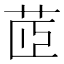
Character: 茝